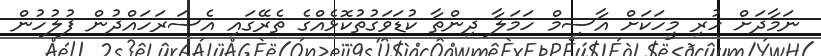
ނަމާދަށް ހުރި މީހަކަށް އާސިމް ހަމަލާ ދިންތާ ކުޑަވަގުތުކޮޅެއްގެ ތެރޭގައި އެސަރަހައްދުން ފުލުހުން